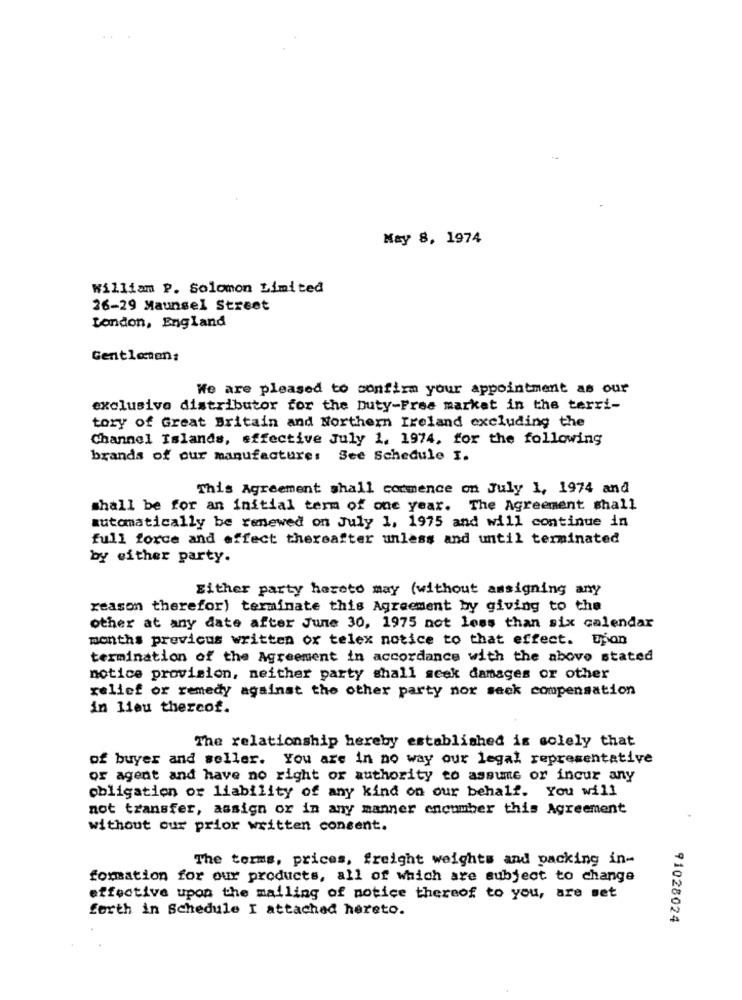
May 8, 1974
William P. Solomon Limited
26-29 Maunsel Street
London, England
Gentletens
We are pleased to confirm your appointment as our
exclusive distributor for the Duty-Free market in the terri-
tory of Great Britain and Northern Ireland excluding the
Channel Islands, effective July 1. 1974, for the following
brands of our manufacture: See Schedule I.
This Agreement shall commence on July 1, 1974 and
shall be for an initial term of one year. The Agreement shall
automatically be renewed on July 1, 1975 and will continue in
full force and effect thereafter unless and until terminated
by either party.
Either party hereto may (without assigning any
reason therefor) terminate this Agreement by giving to the
other at any date after June 30, 1975 not less than six calendar
months previcus written or telex notice to that effect. upon
termination of the Agreement in accordance with the above stated
notice provision, neither party shall seek damages or other
relief or remedy against the other party nor seek compensation
in lieu thereof.
The relationship hereby established is solely that
of buyer and seller. You are in no way our legal representative
or agent and have no right or authority to assume or incur any
obligation or liability of any kind on our behalf. You will
not transfer, assign or in any manner encumber this Agreement
without our prior written consent.
The terms, prices, freight weights and packing in-
formation for our products, all of which are subject to change
effective upon the mailing of notice thereof to you, are set
forth in Schedule I attached hereto.
91028024